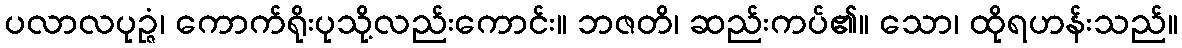
ပလာလပုဉ္ဇံ၊ ကောက်ရိုးပုသို့လည်းကောင်း။ ဘဇတိ၊ ဆည်းကပ်၏။ သော၊ ထိုရဟန်းသည်။